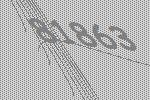
81863